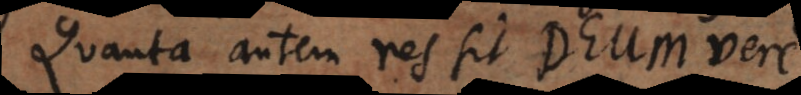
Quanta autem res sit Deum vere